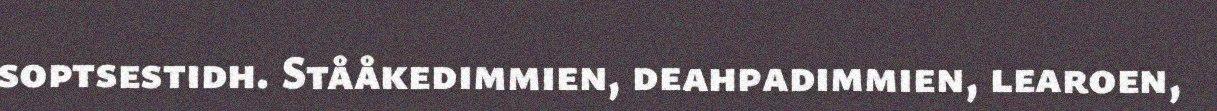
soptsestidh. Stååkedimmien, deahpadimmien, learoen,